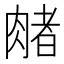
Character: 𬛃